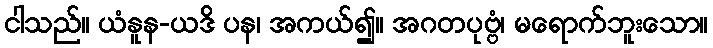
ငါသည်။ ယံနူန-ယဒိ ပန၊ အကယ်၍။ အဂတပုဗ္ဗံ၊ မရောက်ဘူးသော။